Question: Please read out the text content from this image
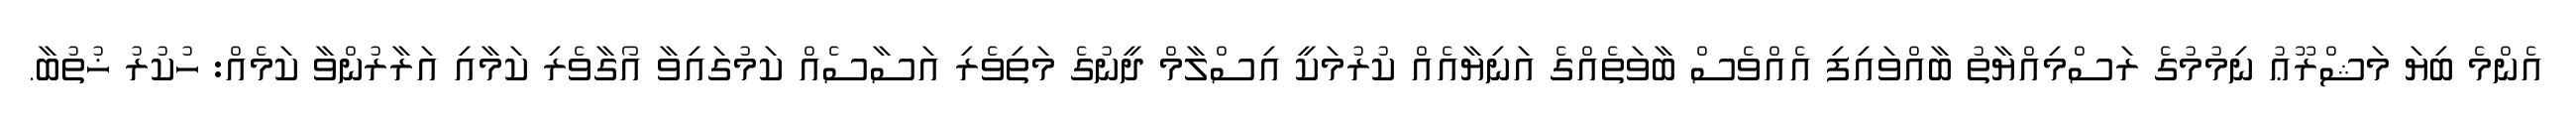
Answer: އެންމެ ބިޔަ މަޝްރޫޢު ނިމުމުގެ ރަސްމިއްޔާތު ބާއްވައިފި އެއްވެސް ބާވަތެއްގެ އަނިޔާއެއް ކުރުމަކީ އިސްލާމް ދީނުގެ މަތިވެރި އަސާސެއް ކަމުގައިވާ އޯގާވެރި ކަމާއި އަރާރުންވާ ކަމެއް: ހުކުރު ޚުތުބާ.